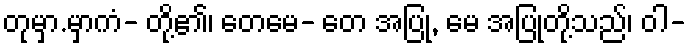
တုမှာ.မှာကံ- တို့၏၊ တေမေ- တေ အပြု, မေ အပြုတို့သည်၊ ဝါ-